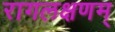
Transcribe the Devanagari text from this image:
रागलक्षणम्